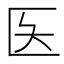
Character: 𫧌